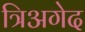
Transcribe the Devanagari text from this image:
त्रिअगेद